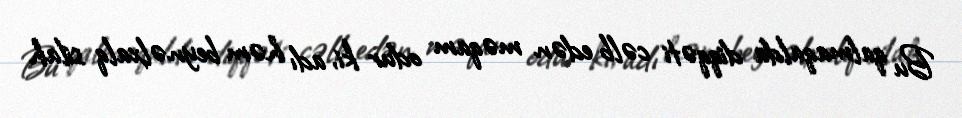
Bu qalmaqalda diqqəti cəlb edən məqam odur ki, adı həm beynəlxalq silah